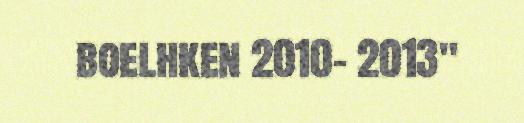
boelhken 2010- 2013"